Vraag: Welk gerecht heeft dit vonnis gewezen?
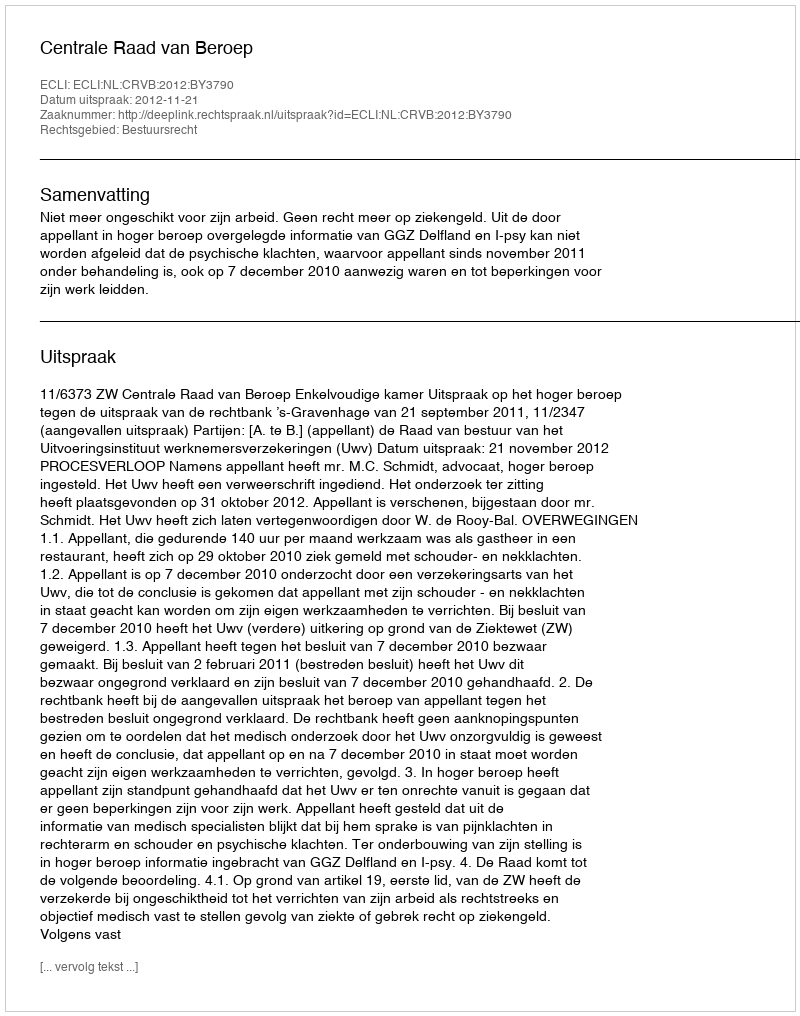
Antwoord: Centrale Raad van Beroep